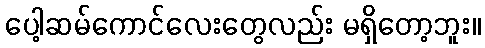
ပေါ့ဆမ်ကောင်လေးတွေလည်း မရှိတော့ဘူး။